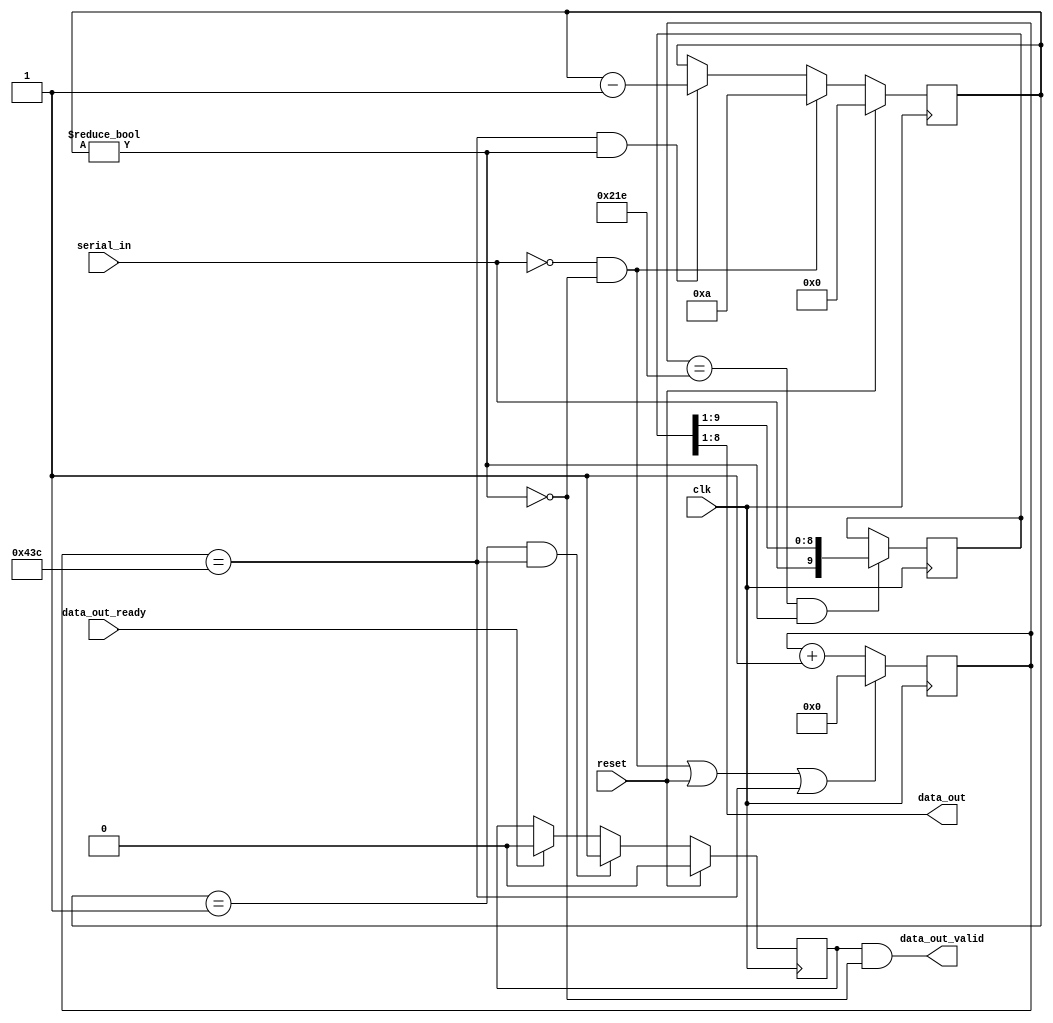
module uart_receiver #(
    parameter CLOCK_FREQ = 125_000_000,
    parameter BAUD_RATE = 115_200)
(
    input clk,
    input reset,

    output [7:0] data_out,
    output data_out_valid,
    input data_out_ready,

    input serial_in
);
    // See diagram in the lab guide
    localparam SYMBOL_EDGE_TIME = CLOCK_FREQ / BAUD_RATE;
    localparam SAMPLE_TIME = SYMBOL_EDGE_TIME / 2;
    localparam CLOCK_COUNTER_WIDTH= $clog2(SYMBOL_EDGE_TIME);

    wire symbol_edge;
    wire sample;
    wire start;
    wire rx_running;

    reg [9:0] rx_shift;
    reg [3:0] bit_counter;
    reg [CLOCK_COUNTER_WIDTH-1:0] clock_counter;
    reg has_byte;

    //--|Signal Assignments|------------------------------------------------------

    // Goes high at every symbol edge
    /* verilator lint_off WIDTH */
    assign symbol_edge = clock_counter == (SYMBOL_EDGE_TIME - 1);
    /* lint_on */

    // Goes high halfway through each symbol
    /* verilator lint_off WIDTH */
    assign sample = clock_counter == SAMPLE_TIME;
    /* lint_on */

    // Goes high when it is time to start receiving a new character
    assign start = !serial_in && !rx_running;

    // Goes high while we are receiving a character
    assign rx_running = bit_counter != 4'd0;

    // Outputs
    assign data_out = rx_shift[8:1];
    assign data_out_valid = has_byte && !rx_running;

    //--|Counters|----------------------------------------------------------------

    // Counts cycles until a single symbol is done
    always @ (posedge clk) begin
        clock_counter <= (start || reset || symbol_edge) ? 0 : clock_counter + 1;
    end

    // Counts down from 10 bits for every character
    always @ (posedge clk) begin
        if (reset) begin
            bit_counter <= 0;
        end else if (start) begin
            bit_counter <= 10;
        end else if (symbol_edge && rx_running) begin
            bit_counter <= bit_counter - 1;
        end
    end

    //--|Shift Register|----------------------------------------------------------
    always @(posedge clk) begin
        if (sample && rx_running) rx_shift <= {serial_in, rx_shift[9:1]};
    end

    //--|Extra State For Ready/Valid|---------------------------------------------
    // This block and the has_byte signal aren't needed in the uart_transmitter
    always @ (posedge clk) begin
        if (reset) has_byte <= 1'b0;
        else if (bit_counter == 1 && symbol_edge) has_byte <= 1'b1;
        else if (data_out_ready) has_byte <= 1'b0;
    end
endmodule